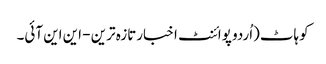
کوہاٹ(اُردو پوائنٹ اخبارتازہ ترین - این این آئی۔